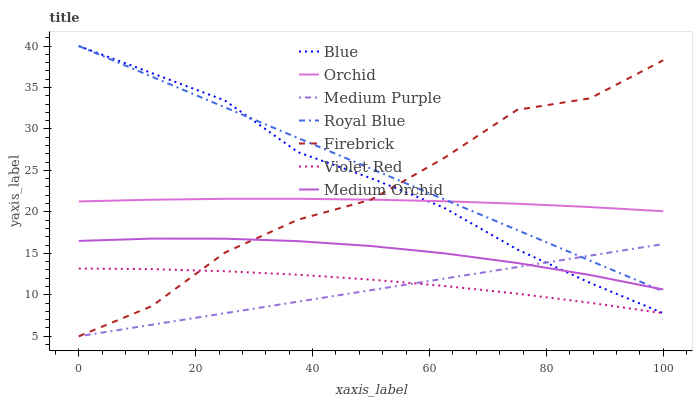
| xaxis_label | Blue | Orchid | Medium Purple | Royal Blue | Firebrick | Violet Red | Medium Orchid |
 | --- | --- | --- | --- | --- | --- | --- | --- |
 | 0 | 40 | 21.3 | 5 | 40 | 5 | 13.2 | 16.5 |
 | 12.5 | 36.7 | 21.5 | 6.39 | 36.3 | 8.63 | 13.1 | 16.8 |
 | 25 | 33.4 | 21.6 | 7.78 | 32.6 | 15.1 | 12.8 | 16.8 |
 | 37.5 | 27.2 | 21.6 | 9.17 | 28.9 | 19.1 | 12.4 | 16.5 |
 | 50 | 24.1 | 21.5 | 10.6 | 25.2 | 21.5 | 11.8 | 15.9 |
 | 62.5 | 20.5 | 21.3 | 11.9 | 21.5 | 26.5 | 11.1 | 15 |
 | 75 | 15.5 | 21 | 13.3 | 17.8 | 32.3 | 10.1 | 13.8 |
 | 87.5 | 11.4 | 20.6 | 14.7 | 14.1 | 33.7 | 9.04 | 12.4 |
 | 100 | 7.78 | 20.1 | 16.1 | 10.4 | 38.3 | 7.76 | 10.6 |